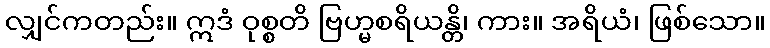
လျှင်ကတည်း။ ဣဒံ ဝုစ္စတိ ဗြဟ္မစရိယန္တိ၊ ကား။ အရိယံ၊ ဖြစ်သော။